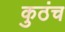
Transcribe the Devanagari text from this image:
कुठंच